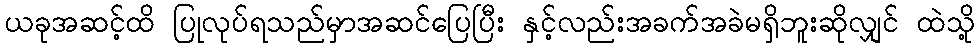
ယခုအဆင့်ထိ ပြုလုပ်ရသည်မှာအဆင်ပြေပြီး နှင့်လည်းအခက်အခဲမရှိဘူးဆိုလျှင် ထဲသို့